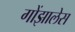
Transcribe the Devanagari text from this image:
गोंझालेस